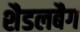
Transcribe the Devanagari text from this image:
शैडलबैग